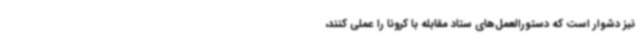
نیز دشوار است که دستورالعمل‌های ستاد مقابله با کرونا را عملی کنند،